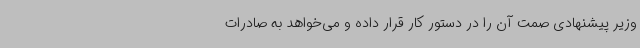
وزیر پیشنهادی صمت آن را در دستور کار قرار داده و می‌خواهد به صادرات